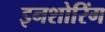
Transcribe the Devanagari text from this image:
इनशोरिंग